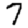
Digit: 7